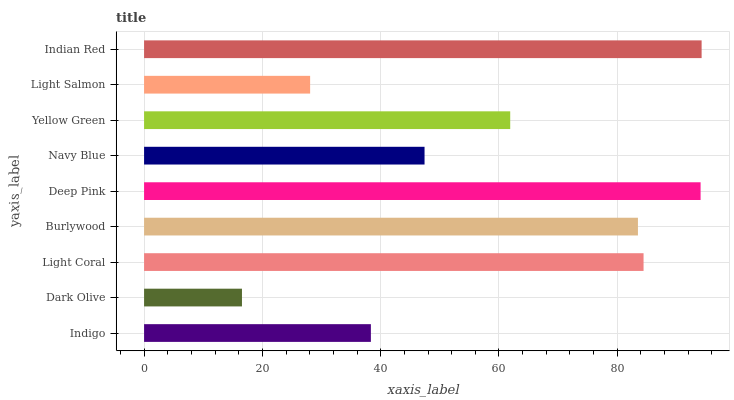
| yaxis_label | bars |
 | --- | --- |
 | Indigo | 38.3 |
 | Dark Olive | 16.5 |
 | Light Coral | 84.4 |
 | Burlywood | 83.5 |
 | Deep Pink | 94.1 |
 | Navy Blue | 47.4 |
 | Yellow Green | 61.9 |
 | Light Salmon | 28.1 |
 | Indian Red | 94.3 |